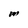
Character: m